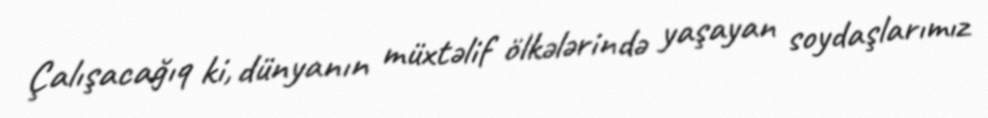
Çalışacağıq ki, dünyanın müxtəlif ölkələrində yaşayan soydaşlarımız